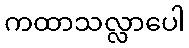
ကထာသလ္လာပေါ